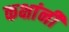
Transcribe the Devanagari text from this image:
कक्षांनी